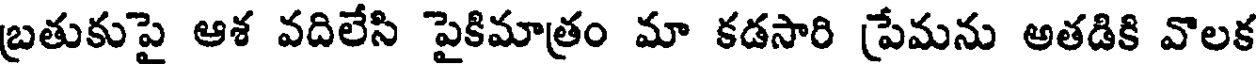
బ్రతుకుపై ఆశ వదిలేసి పైకిమాత్రం మా కడసారి ప్రేమను అతడికి వొలక